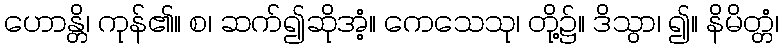
ဟောန္တိ၊ ကုန်၏။ စ၊ ဆက်၍ဆိုအံ့။ ကေသေသု၊ တို့၌။ ဒိသွာ၊ ၍။ နိမိတ္တံ၊